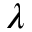
\lambda